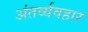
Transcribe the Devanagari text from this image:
अंतर्व्यवहार